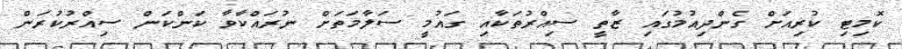
ކޮމިޓި ކުރިއަށް ގެންދިއުމުގައި ޒާތީ ސިއްރުތަކާއި ގައުމީ ސަލާމަތަށް ނުރައްކާވާ ކަންކަން ސިއްރުކުރަން